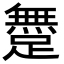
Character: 𨅐